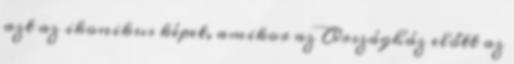
azt az ikonikus képet, amikor az Országház előtt az